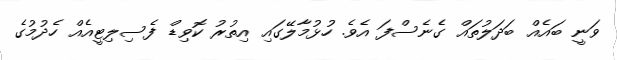
ވަނީ ބައެއް ބަދަލުތައް ގެނެސްފަ އެވެ. ހުޅުމާލޭގައި އިތުރު ކޮވިޑް ފެސިލިޓީއެއް ހެދުމުގެ